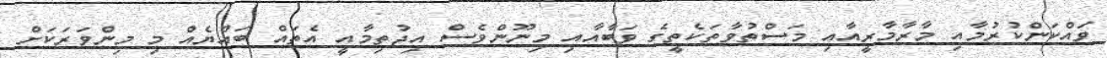
ވައްކަންކުރުމާއި މާރާމާރީއާއި މަސްތުވާތަކެތީގެ ވަބާއާއި މިނޫންވެސް އިޖުތިމާއީ އެތައް ބައްޔެއް މި މިންވަރަކަށް